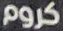
كروم